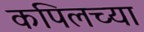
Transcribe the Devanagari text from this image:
कपिलच्या